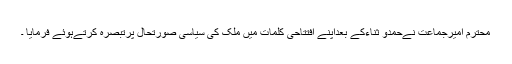
محترم امیرجماعت نےحمدو ثناءکے بعداپنے افتتاحی کلمات میں ملک کی سیاسی صورتحال پرتبصرہ کرتےہوئے فرمایا ۔